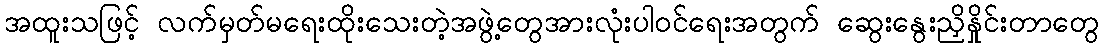
အထူးသဖြင့် လက်မှတ်မရေးထိုးသေးတဲ့အဖွဲ့တွေအားလုံးပါဝင်ရေးအတွက် ဆွေးနွေးညှိနှိုင်းတာတွေ